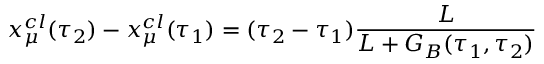
x _ { \mu } ^ { c l } ( \tau _ { 2 } ) - x _ { \mu } ^ { c l } ( \tau _ { 1 } ) = ( \tau _ { 2 } - \tau _ { 1 } ) \frac { L } { L + G _ { B } ( \tau _ { 1 } , \tau _ { 2 } ) }